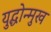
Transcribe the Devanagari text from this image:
युद्धोन्मुख